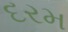
દરમ